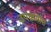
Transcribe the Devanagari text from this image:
उपक्रमास